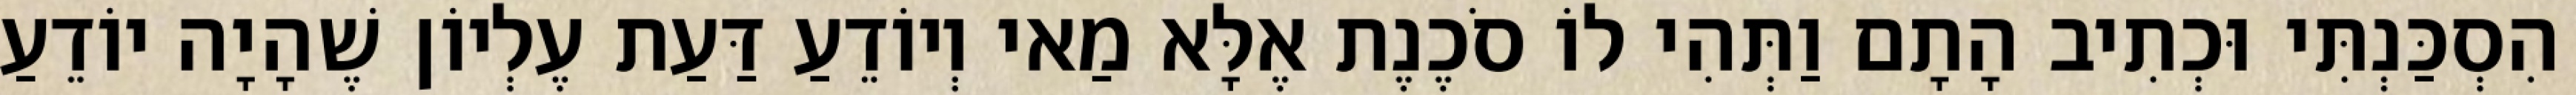
הִסְכַּנְתִּי וּכְתִיב הָתָם וַתְּהִי לוֹ סֹכֶנֶת אֶלָּא מַאי וְיוֹדֵעַ דַּעַת עֶלְיוֹן שֶׁהָיָה יוֹדֵעַ